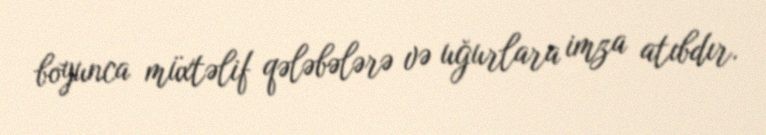
boyunca müxtəlif qələbələrə və uğurlara imza atıbdır.